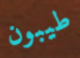
طيبون